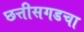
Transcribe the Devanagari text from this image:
छत्तीसगडचा